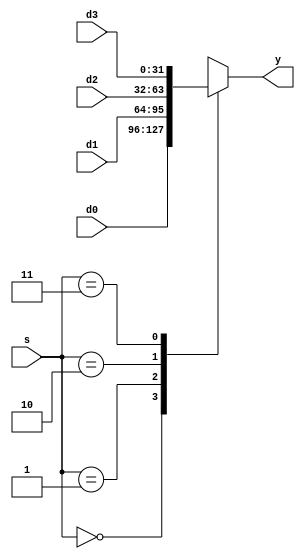
`timescale 1ns / 1ps
//////////////////////////////////////////////////////////////////////////////////
// Company: 
// Engineer: 
// 
// Design Name: 
// Module Name: mux4
// Project Name: 
// Target Devices: 
// Tool Versions: 
// Description: 
// 
// Dependencies: 
// 
// Revision:
// Revision 0.01 - File Created
// Additional Comments:
// 
//////////////////////////////////////////////////////////////////////////////////


module mux4 #(parameter WIDTH = 32) (
    input       [WIDTH-1:0]     d0, d1, d2, d3,
    input       [1      :0]     s,
    output reg  [WIDTH-1:0]     y
    );
    
    always @(*)
        case (s)
            2'b00: y <= d0;
            2'b01: y <= d1;
            2'b10: y <= d2;
            2'b11: y <= d3;
        endcase
endmodule